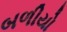
બળીયો